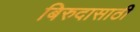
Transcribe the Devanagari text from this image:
बिरुदासाठी